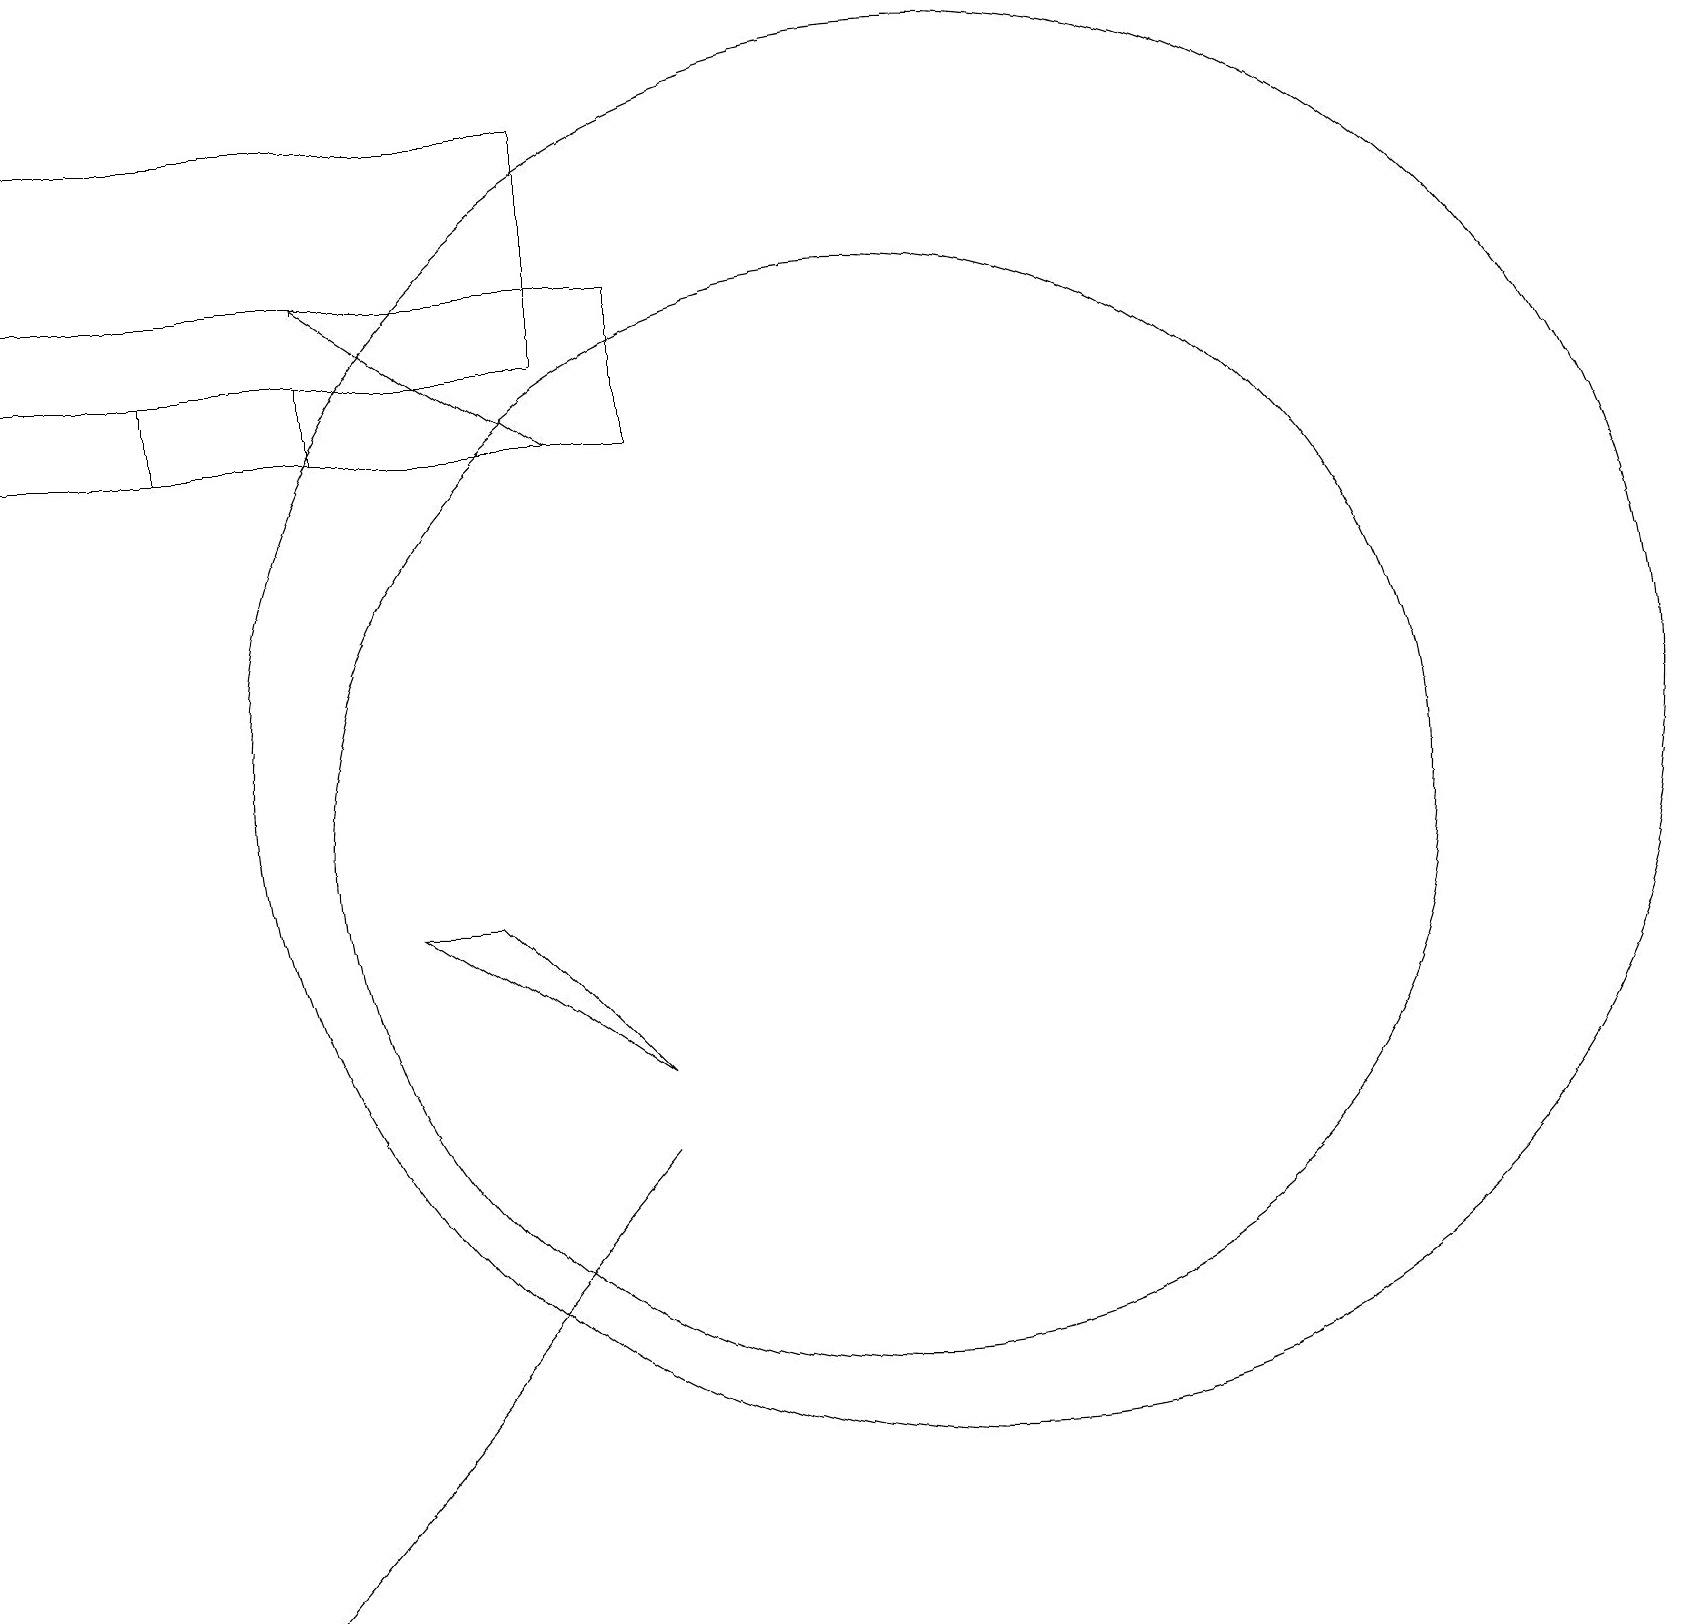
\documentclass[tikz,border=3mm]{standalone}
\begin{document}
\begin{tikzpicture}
\draw (5,9) -- (6,9) -- (8,7) -- cycle;
\draw (3,0) -- (8,6) -- (3,0) -- cycle;
\draw[->] (7,15) -- (4,17);
\draw (11,10) circle (7);
\draw (12,11) circle (9);
\draw (2,15) rectangle (4,16);
\draw (7,16) rectangle (0,19);
\draw (0,17) rectangle (8,15);
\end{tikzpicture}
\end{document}